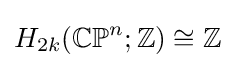
{H_{2k}}(\mathbb {CP} ^{n};\mathbb {Z} )\cong \mathbb {Z}